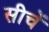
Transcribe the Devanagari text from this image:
सीचें